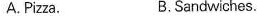
A.Pizza. B.Sandwiches.